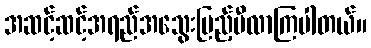
အဆင့်ဆင့်အရည်အသွေးပြည့်မီလာကြပါတယ်။